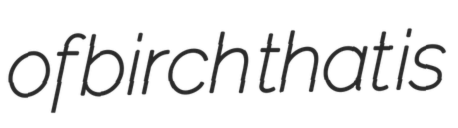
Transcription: of birch that is